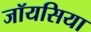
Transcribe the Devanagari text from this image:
जॉयसिया